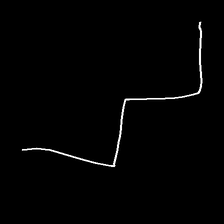
Glyph: crush